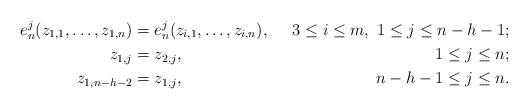
LaTeX: \begin{align*} e_n^j(z_{1, 1}, \dots, z_{1, n}) &= e_n^j(z_{i, 1}, \dots, z_{i, n}), & 3 \leq i \leq m,\ 1 \leq j \leq n - h - 1; \\ z_{1, j} &= z_{2, j}, & 1 \leq j \leq n; \\ z_{1, n - h - 2} &= z_{1, j}, & n - h - 1 \leq j \leq n. \end{align*}